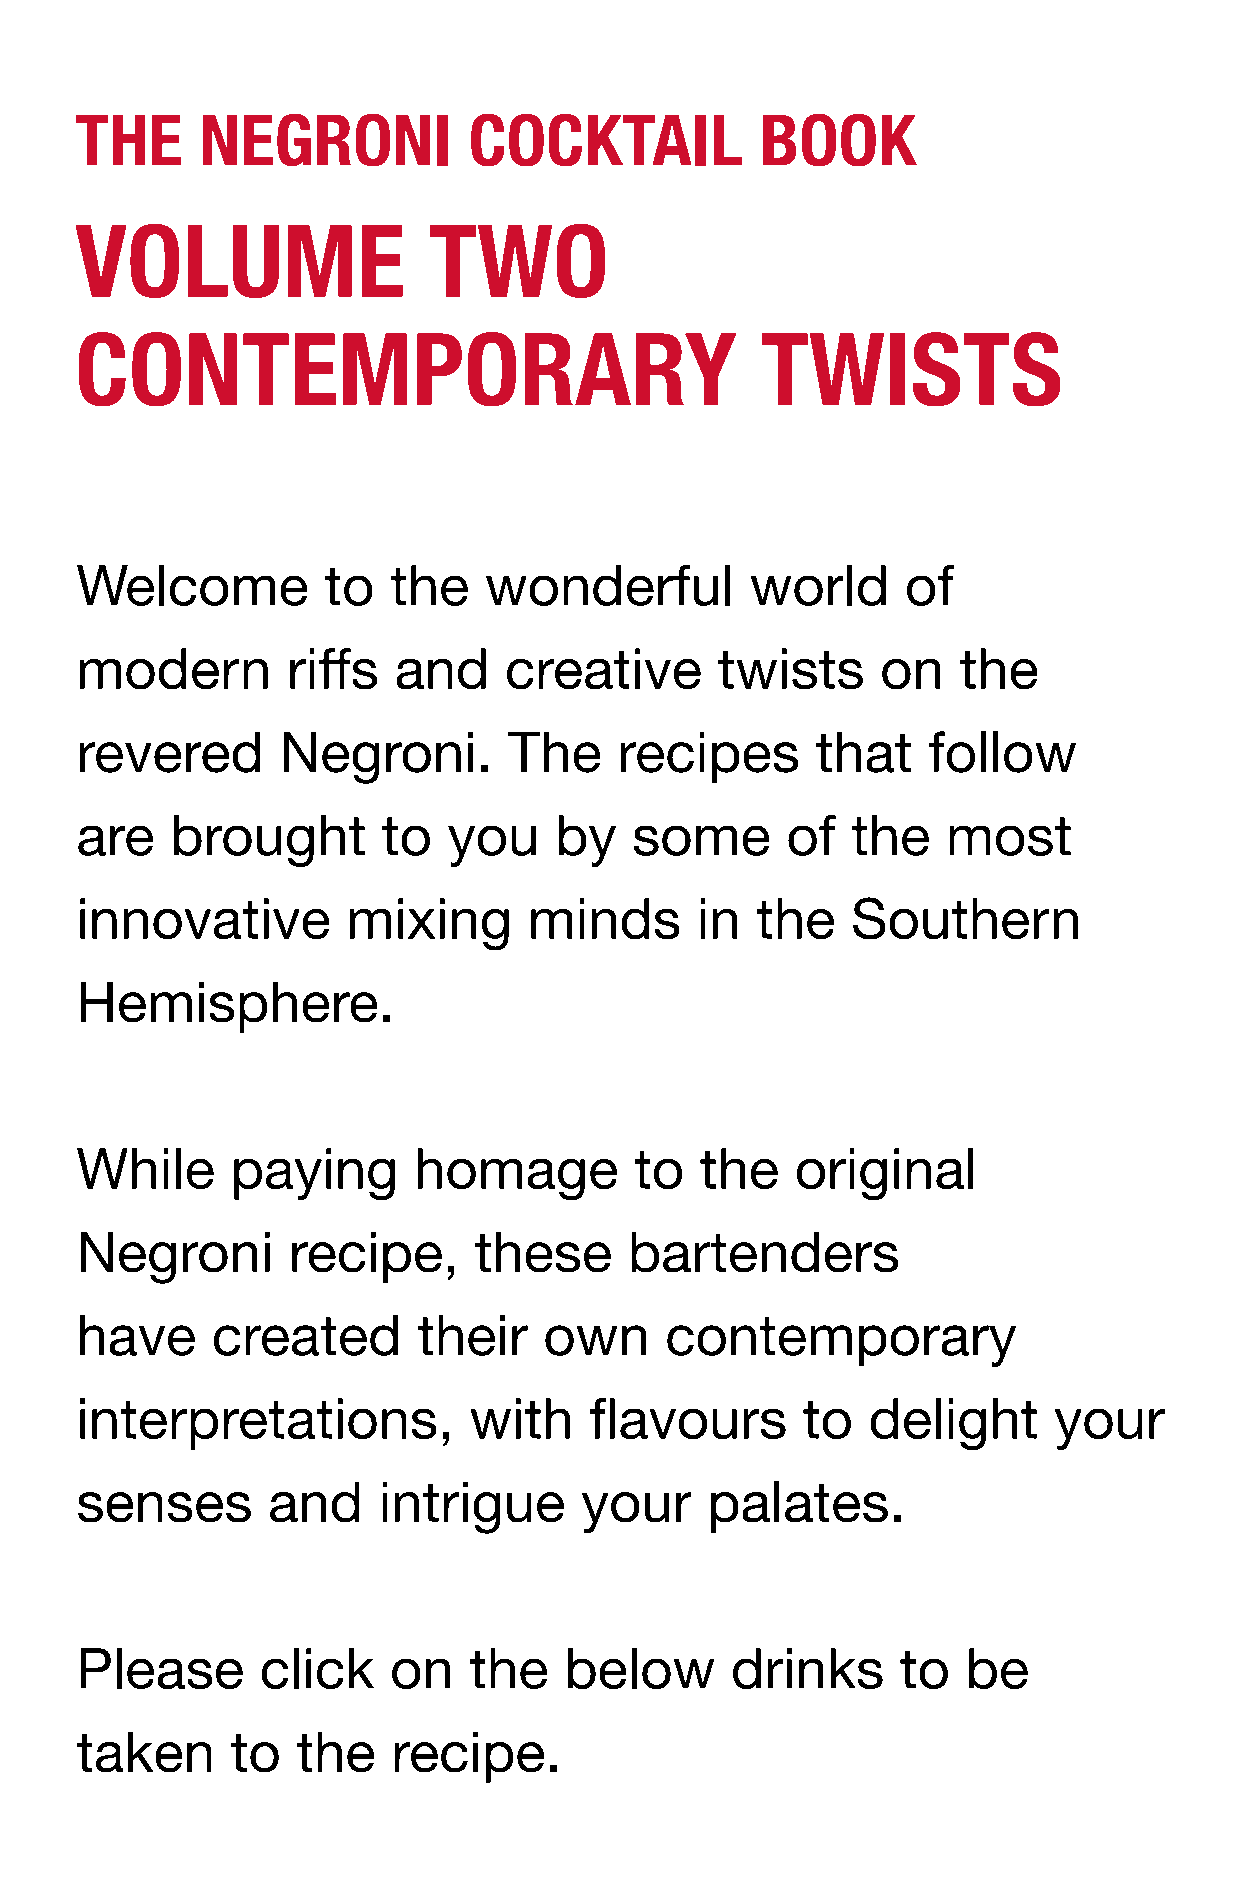
THE     NEGRONI           COCKTAIL           BOOK
 VOLUME                 TWO
 CONTEMPORARY                                 TWISTS
 Welcome         to   the   wonderful         world     of
 modern        riffs  and    creative      twists     on   the
 revered       Negroni.       The    recipes      that   follow
 are   brought       to   you    by   some      of  the    most
 innovative        mixing      minds      in  the   Southern
 Hemisphere.
 While     paying      homage         to  the    original
 Negroni       recipe,     these      bartenders
 have     created       their   own     contemporary
 interpretations,          with    flavours      to  delight      your
 senses       and    intrigue     your     palates.
 Please      click    on   the   below      drinks      to  be
 taken     to   the   recipe.